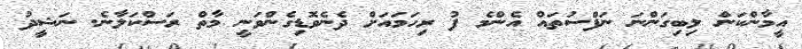
އީމާންކަން ލިބިގަންނަ ނަފްސުތައް އެންމެ ފު ރިހަމައަށް ދެނެވޮޑިގެންވަނީ މާތް ރަސްކަލާނެ. ނަޝީދު